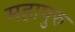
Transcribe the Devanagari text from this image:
महापुरु